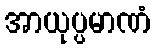
အာယုပ္ပမာဏံ